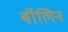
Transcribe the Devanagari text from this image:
बॉलिन